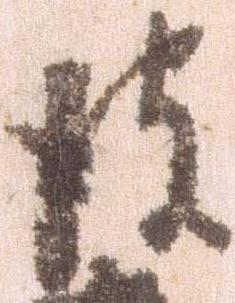
彼